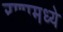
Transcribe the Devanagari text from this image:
रणामध्ये